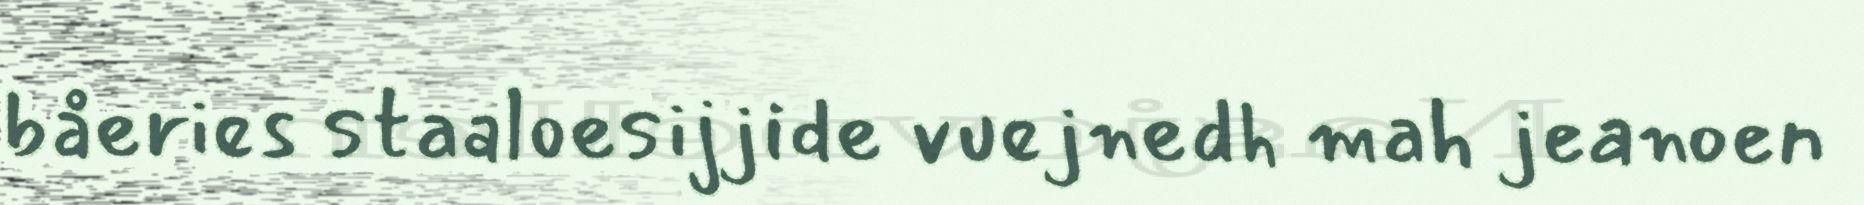
båeries staaloesijjide vuejnedh mah jeanoen